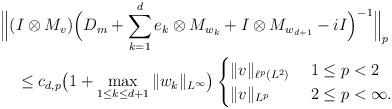
LaTeX: \begin{align*}&\Big\|(I\otimes M_v)\Big(D_m+\sum_{k=1}^{d}e_k\otimes M_{w_k}+I\otimes M_{w_{d+1}}-iI\Big)^{-1}\Big\|_p\\&\quad\le c_{d,p}\big(1+\max_{1\le k\le d+1}\|w_k\|_{L^\infty}\big)\begin{cases}\|v\|_{\ell^p(L^2)} &\; 1\le p<2\\\|v\|_{L^p} &\; 2\le p<\infty.\end{cases}\end{align*}